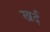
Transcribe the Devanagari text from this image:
खर्द